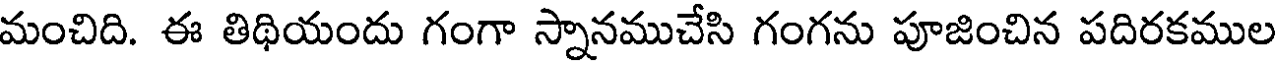
మంచిది. ఈ తిథియందు గంగా స్నానముచేసి గంగను పూజించిన పదిరకముల